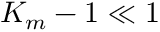
K _ { m } - 1 \ll 1